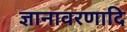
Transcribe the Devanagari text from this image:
ज्ञानावरणादि